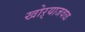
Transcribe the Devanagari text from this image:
खोऱ्याजवळ